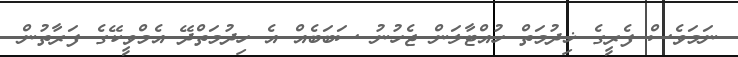
ނަމަވެސް ފެރީގެ ޚިދުމަތް ހުއްޓާލަން ޖެހުނު ސަބަބެއް އެ ހިދުމަތްދޭ އެމްވީކޭގެ ފަރާތުން